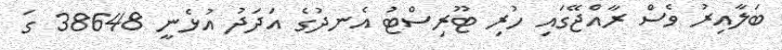
ބަލާއިރު ވެސް ރާއްޖޭގައި ހުރި ޓޫރިސްޓު އެނދުގެ އަދަދު އުޅެނީ 38648 ގަ